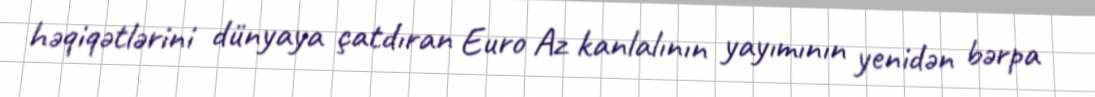
həqiqətlərini dünyaya çatdıran Euro Az kanlalının yayımının yenidən bərpa